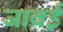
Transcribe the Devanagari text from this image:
जावई